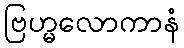
ဗြဟ္မလောကာနံ